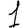
Digit: 1